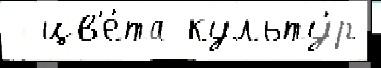
  цв'е́та культу́р